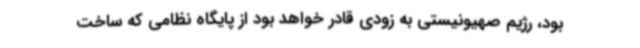
بود، رژیم صهیونیستی به زودی قادر خواهد بود از پایگاه نظامی که ساخت